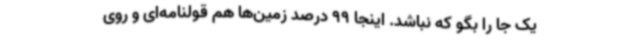
یک جا را بگو که نباشد. اینجا 99 درصد زمین‌ها هم قولنامه‌ای و روی